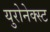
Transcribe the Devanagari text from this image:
युरोनेक्स्ट